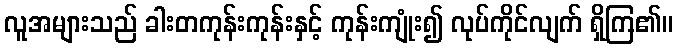
လူအများသည် ခါးတကုန်းကုန်းနှင့် ကုန်းကျုံး၍ လုပ်ကိုင်လျက် ရှိကြ၏။